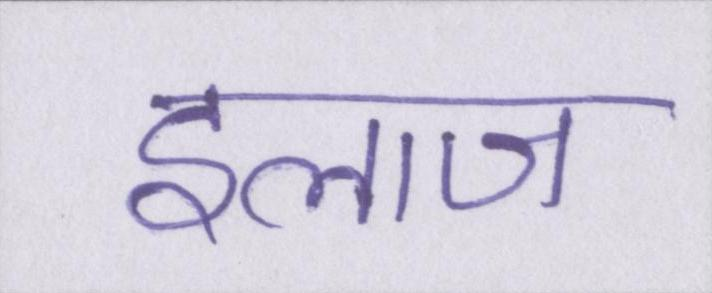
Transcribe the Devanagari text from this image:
इलाज